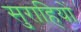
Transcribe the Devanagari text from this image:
सुराहियों